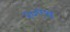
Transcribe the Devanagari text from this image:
२०एथ